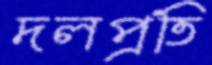
দলপ্রতি